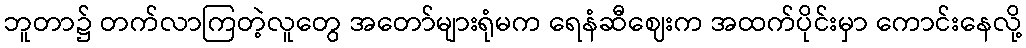
ဘူတာ၌ တက်လာကြတဲ့လူတွေ အတော်များရုံမက ရေနံဆီဈေးက အထက်ပိုင်းမှာ ကောင်းနေလို့